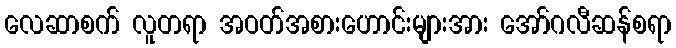
လေဆာစက် လူတရာ အဝတ်အစားဟောင်းများအား အော်ဂလီဆန်စရာ